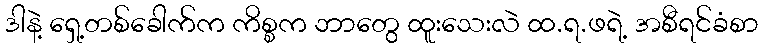
ဒါနဲ့ ရှေ့တစ်ခေါက်က ကိစ္စက ဘာတွေ ထူးသေးလဲ ထ.ရ.ဖရဲ့ အစီရင်ခံစာ